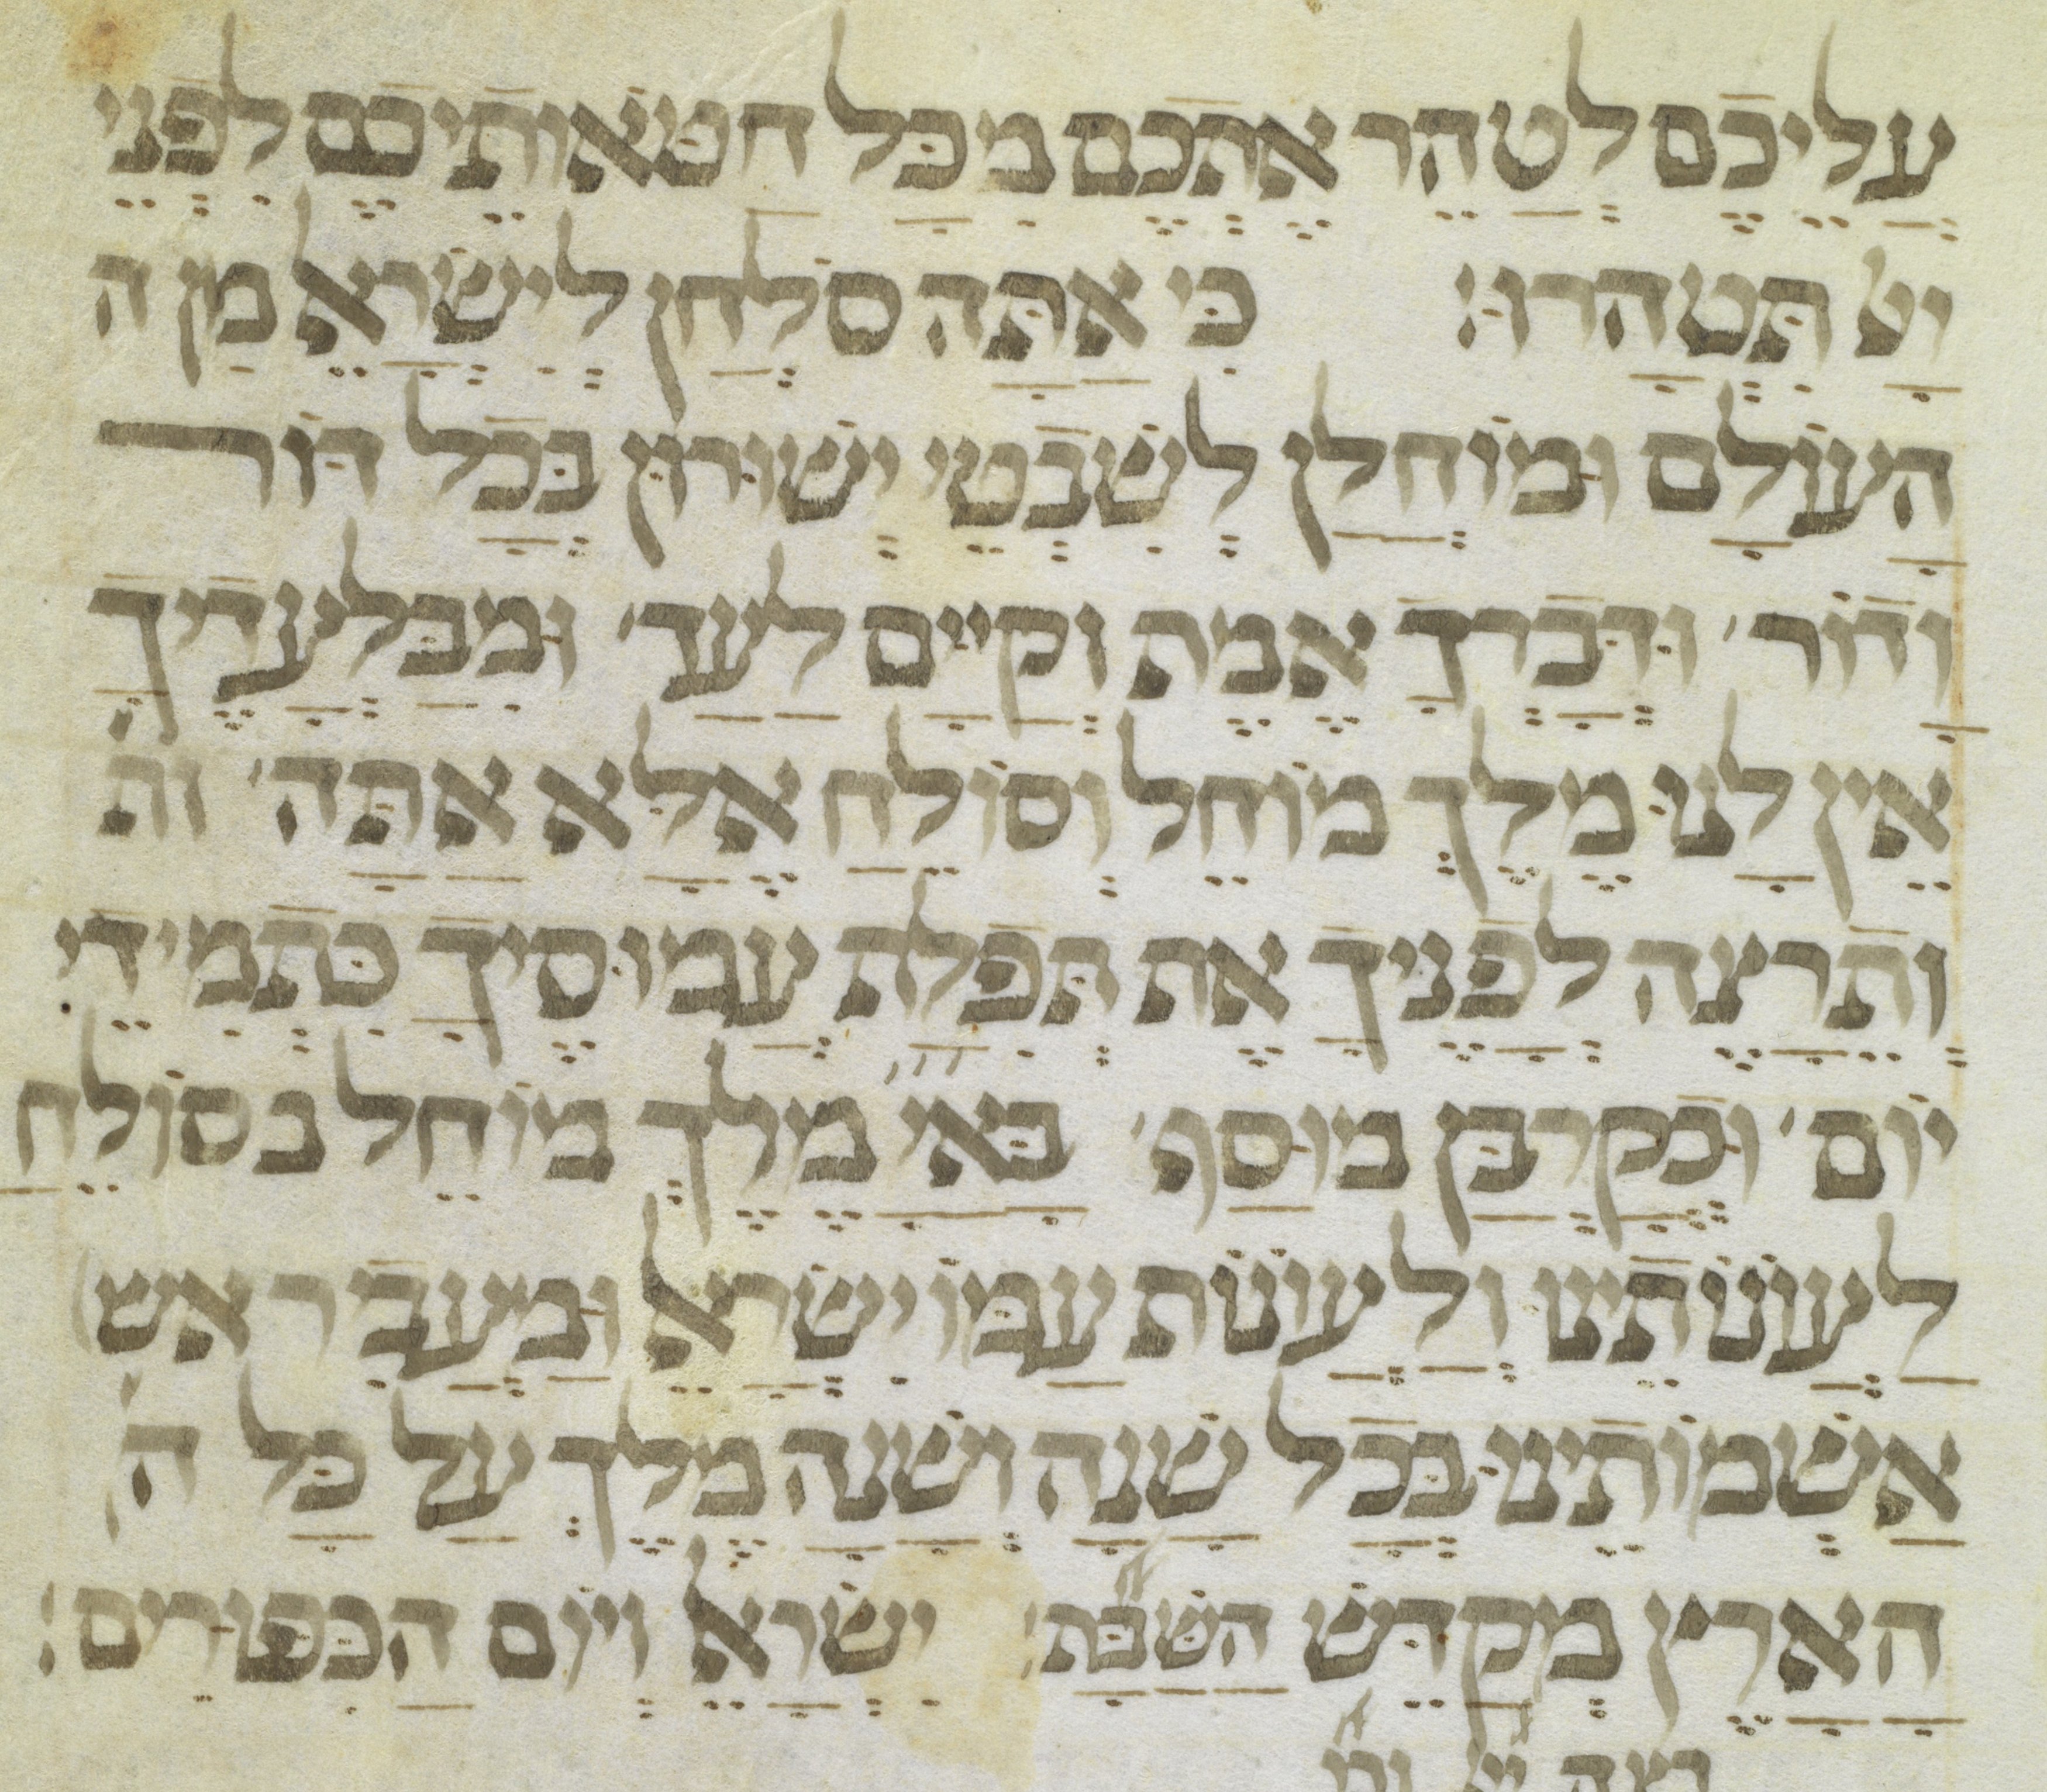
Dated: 1300–1399